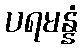
ပရမန္နံ